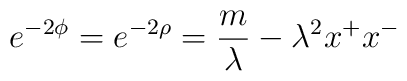
e^{-2\phi} = e^{-2\rho} = \frac{m}{\lambda} - \lambda^{2}x^{+}x^{-}